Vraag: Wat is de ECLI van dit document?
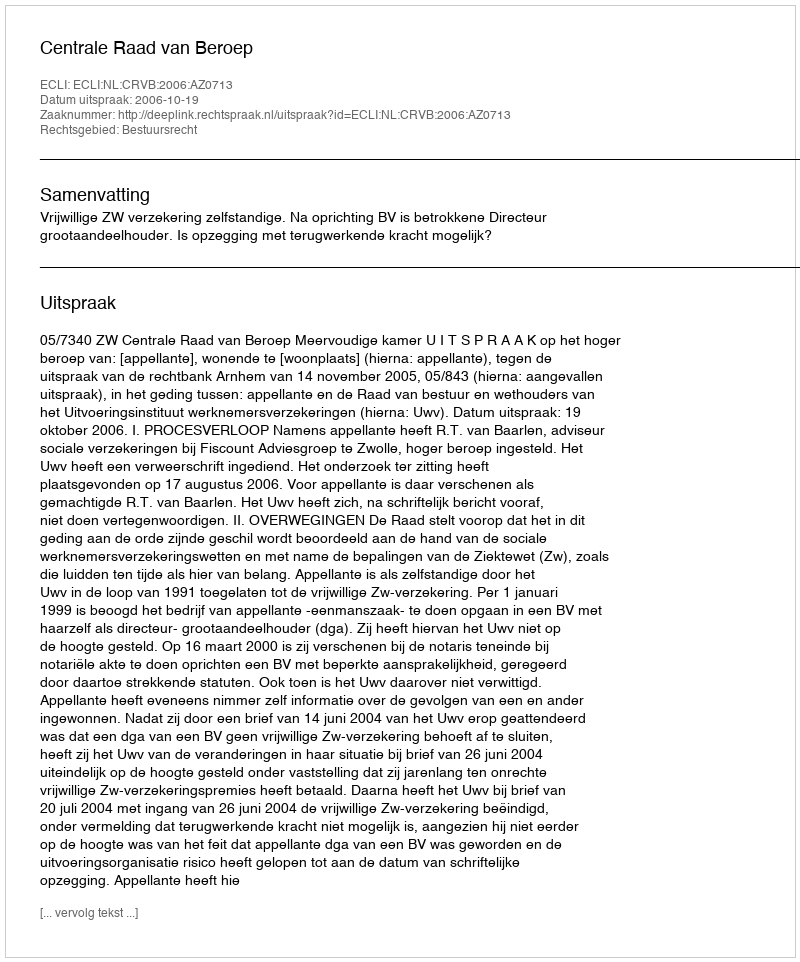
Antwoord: ECLI:NL:CRVB:2006:AZ0713